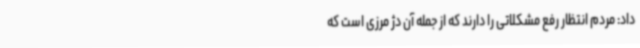
داد: مردم انتظار رفع مشکلاتی را دارند که از جمله آن دژ مرزی است که